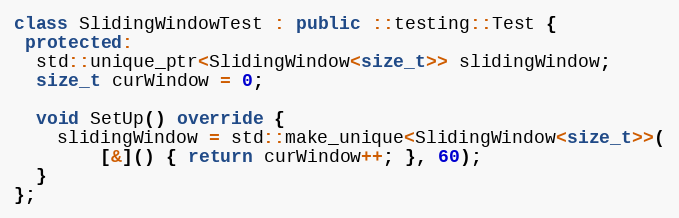
Language: C++
class SlidingWindowTest : public ::testing::Test {
 protected:
  std::unique_ptr<SlidingWindow<size_t>> slidingWindow;
  size_t curWindow = 0;

  void SetUp() override {
    slidingWindow = std::make_unique<SlidingWindow<size_t>>(
        [&]() { return curWindow++; }, 60);
  }
};